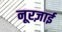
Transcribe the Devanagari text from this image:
नूरज़ाई